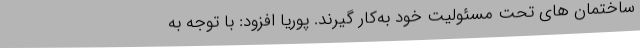
ساختمان های تحت مسئولیت خود به‌کار گیرند. پوریا افزود: با توجه به